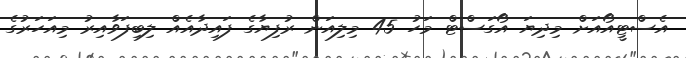
އެސްޓީއޯއަށް މިދިޔަ އޯގަސްޓް މަހު 45 މިލިއަން ރުފިޔާގެ ފައިދާއެއް ލިބިފަވާއިރު މިއަހަރުގެ